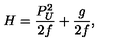
H = { \frac { P _ { U } ^ { 2 } } { 2 f } } + { \frac { g } { 2 f } } ,